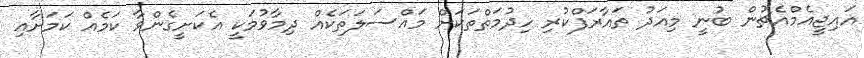
އައިޖީއެމްއެޗުން ބުނީ މިއަދު ތައާރަފްކުރި ހިދުމަތްތަކަށް މައްސަލަތަކެއް ދިމާވުމަކީ އެކަަށީގެންވާ ކަމެއް ކަމަށާއި